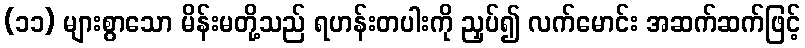
(၁၁) များစွာသော မိန်းမတို့သည် ရဟန်းတပါးကို ညှပ်၍ လက်မောင်း အဆက်ဆက်ဖြင့်